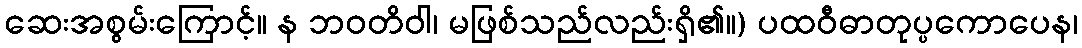
ဆေးအစွမ်းကြောင့်။ န ဘဝတိဝါ၊ မဖြစ်သည်လည်းရှိ၏။) ပထဝီဓာတုပ္ပကောပေန၊